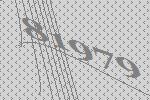
81979